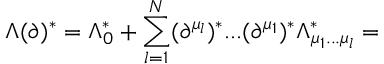
\Lambda ( \partial ) ^ { * } = \Lambda _ { 0 } ^ { * } + \sum _ { l = 1 } ^ { N } ( \partial ^ { \mu _ { l } } ) ^ { * } . . . ( \partial ^ { \mu _ { 1 } } ) ^ { * } \Lambda _ { \mu _ { 1 } . . . \mu _ { l } } ^ { * } =